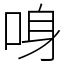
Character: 𠲳